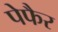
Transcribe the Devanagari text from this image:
पेफैर